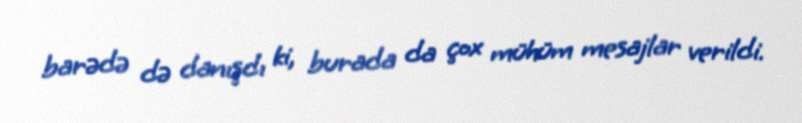
barədə də danışdı ki, burada da çox mühüm mesajlar verildi.